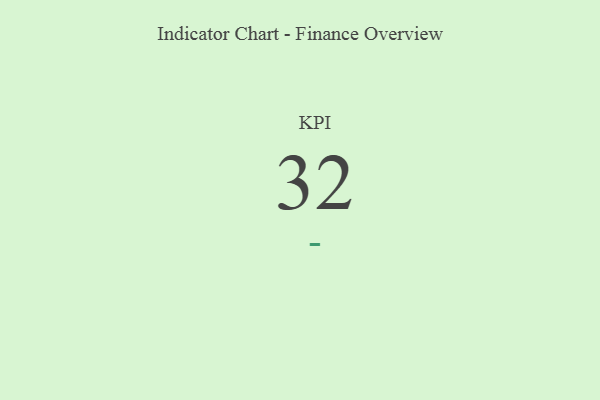
{"axis": {"x": "KPI", "y": "Value"}, "legend": [""], "data": [{"x": "KPI", "y": 32, "type": ""}]}